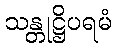
သန္တုဋ္ဌိပရမံ